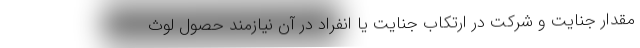
مقدار جنایت و شرکت در ارتکاب جنایت یا انفراد در آن نیازمند حصول لوث